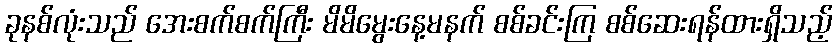
ခုနစ်လုံးသည် အေးစက်စက်ကြီး မိမိမွေးနေ့မနက် စစ်ခင်းကြ စစ်ဆေးရန်ထားရှိသည့်